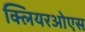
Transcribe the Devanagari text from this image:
क्लियरओएस